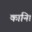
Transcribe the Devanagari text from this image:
कानि।